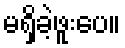
မရှိခဲ့ဖူးပေ။